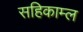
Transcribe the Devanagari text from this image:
सहिकाम्ल